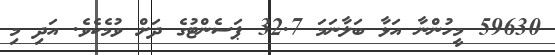
59630 މީހުންނާ އަޅާ ބަލާނަމަ 32.7 ޕަސެންޓުގެ ދަށް ވުމެކެވެ. އަދި މި